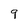
Character: 9